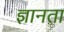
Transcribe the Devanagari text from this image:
ज्ञानता